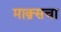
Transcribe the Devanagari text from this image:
माक्र्सचा